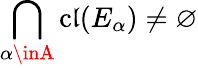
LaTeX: \bigcap_{\alpha\inA}\operatorname{c\mathfrak{l}}(E_{\alpha})\neq\varnothing